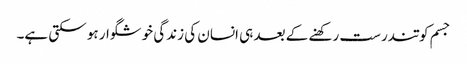
جسم کو تندرست رکھنے کے بعد ہی انسان کی زندگی خوشگوار ہو سکتی ہے۔